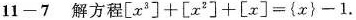
11-7 解方程$$[ x ^ { 3 } ] + [ x ^ { 2 } ] + [ x ] = { x } - 1$$.